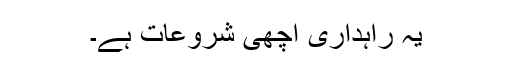
یہ راہداری اچھی شروعات ہے۔